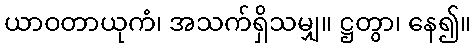
ယာဝတာယုကံ၊ အသက်ရှိသမျှ။ ဋ္ဌတွာ၊ နေ၍။